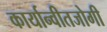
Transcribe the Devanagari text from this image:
कार्यान्वीतजोगी